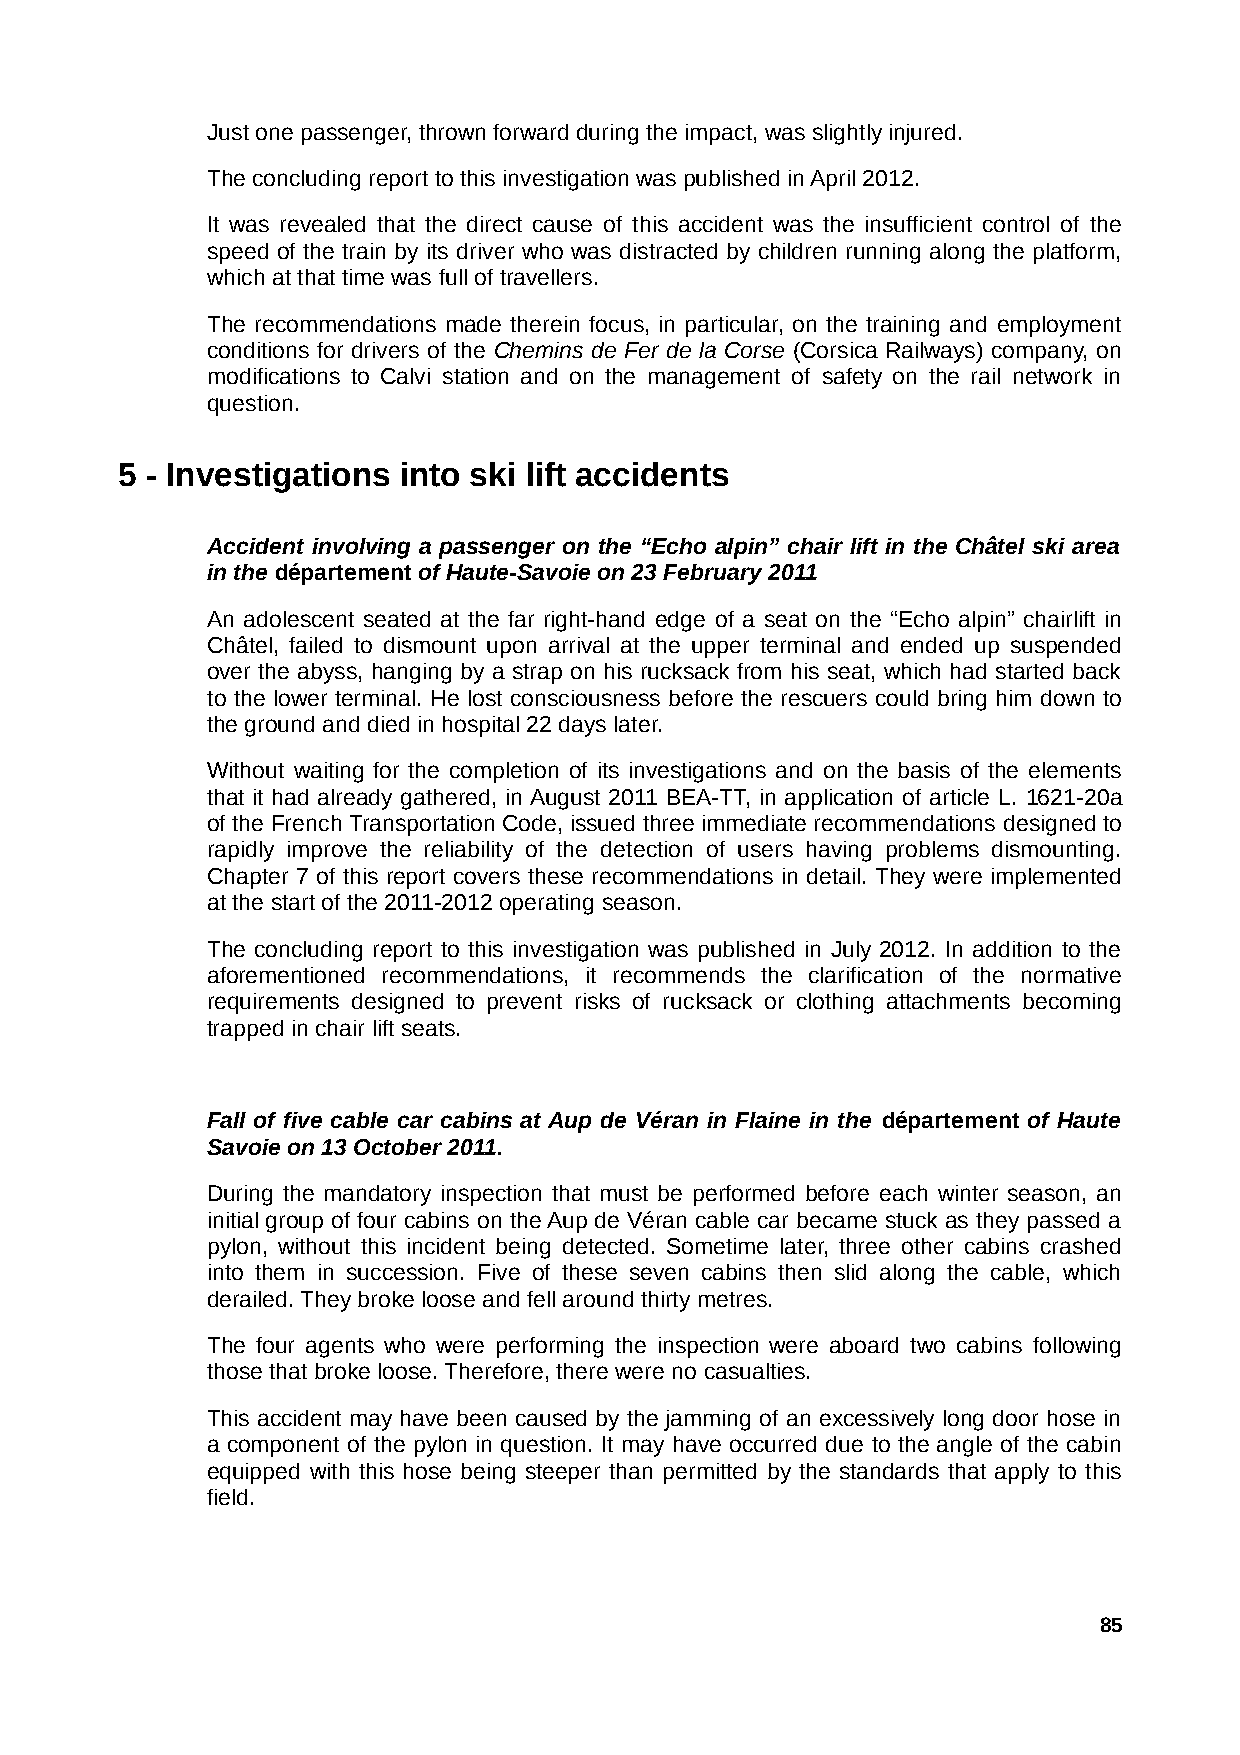
Just one passenger, thrown forward during the impact, was slightly injured.
 The concluding report to this investigation was published in April 2012.
 It was revealed that the direct cause of this accident was the insufficient control of the
 speed of the train by its driver who was distracted by children running along the platform,
 which at that time was full of travellers.
 The recommendations made therein focus, in particular, on the training and employment
 conditions for drivers of the Chemins de Fer de la Corse (Corsica Railways) company, on
 modifications to Calvi station and on the management of safety on the rail network in
 question.
 5 - Investigations into ski lift accidents
 Accident involving a passenger on the “Echo alpin” chair lift in the Châtel ski area
 in the département of Haute-Savoie on 23 February 2011
 An adolescent seated at the far right-hand edge of a seat on the “Echo alpin” chairlift in
 Châtel, failed to dismount upon arrival at the upper terminal and ended up suspended
 over the abyss, hanging by a strap on his rucksack from his seat, which had started back
 to the lower terminal. He lost consciousness before the rescuers could bring him down to
 the ground and died in hospital 22 days later.
 Without waiting for the completion of its investigations and on the basis of the elements
 that it had already gathered, in August 2011 BEA-TT, in application of article L. 1621-20a
 of the French Transportation Code, issued three immediate recommendations designed to
 rapidly improve the reliability of the detection of users having problems dismounting.
 Chapter 7 of this report covers these recommendations in detail. They were implemented
 at the start of the 2011-2012 operating season.
 The concluding report to this investigation was published in July 2012. In addition to the
 aforementioned recommendations, it recommends the clarification of the normative
 requirements designed to prevent risks of rucksack or clothing attachments becoming
 trapped in chair lift seats.
 Fall of five cable car cabins at Aup de Véran in Flaine in the département of Haute
 Savoie on 13 October 2011.
 During the mandatory inspection that must be performed before each winter season, an
 initial group of four cabins on the Aup de Véran cable car became stuck as they passed a
 pylon, without this incident being detected. Sometime later, three other cabins crashed
 into them in succession. Five of these seven cabins then slid along the cable, which
 derailed. They broke loose and fell around thirty metres.
 The four agents who were performing the inspection were aboard two cabins following
 those that broke loose. Therefore, there were no casualties.
 This accident may have been caused by the jamming of an excessively long door hose in
 a component of the pylon in question. It may have occurred due to the angle of the cabin
 equipped with this hose being steeper than permitted by the standards that apply to this
 field.
 85